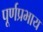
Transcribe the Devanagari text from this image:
पूर्णप्रभाय